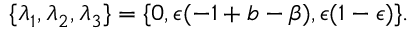
\{ \lambda _ { 1 } , \lambda _ { 2 } , \lambda _ { 3 } \} = \{ 0 , \epsilon ( - 1 + b - \beta ) , \epsilon ( 1 - \epsilon ) \} .